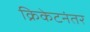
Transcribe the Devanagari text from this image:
क्रिकेटनंतर